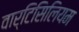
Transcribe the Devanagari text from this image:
वार्टिसिलियम